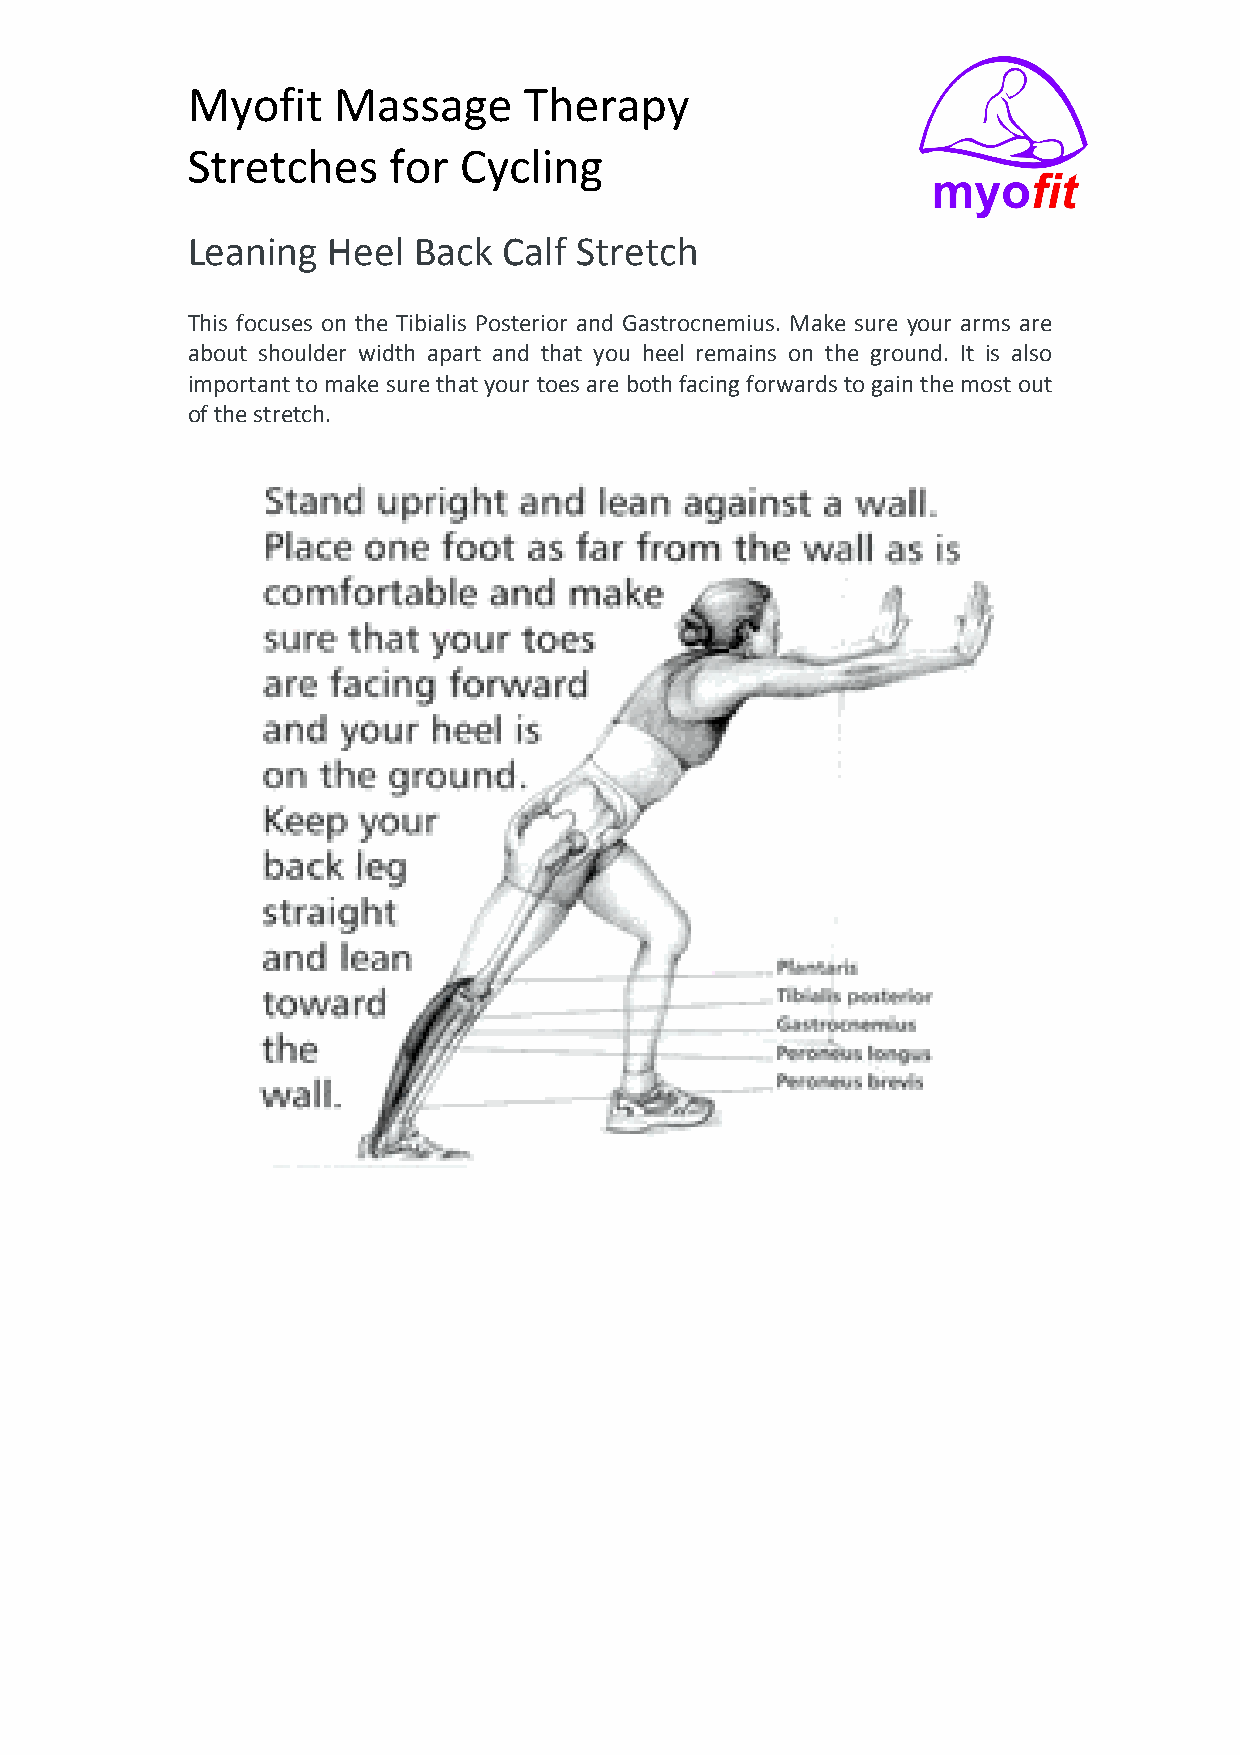
Myofit    Massage      Therapy
 Stretches     for Cycling
 Leaning   Heel Back  Calf Stretch
 This focuses on the Tibialis Posterior and Gastrocnemius. Make sure your arms are
 about shoulder width apart and that you heel remains on the ground. It is also
 important to make sure that your toes are both facing forwards to gain the most out
 of the stretch.